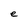
Character: e